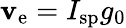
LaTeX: \mathbf{v}_{\mathrm{{e}}}=I_{\mathrm{{sp}}}g_{0}